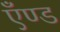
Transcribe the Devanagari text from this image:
एँण्ड